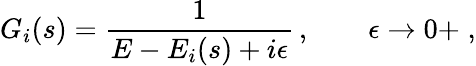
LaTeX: G_{i}(s)=\frac{1}{E-E_{i}(s)+i\epsilon}\, ,\qquad\epsilon\to 0+\; ,